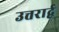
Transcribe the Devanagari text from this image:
उत्तरार्द्व